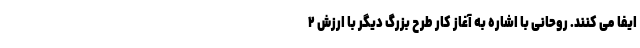
ایفا می کنند. روحانی با اشاره به آغاز کار طرح بزرگ دیگر با ارزش ۲